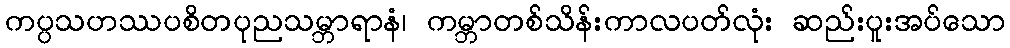
ကပ္ပသဟဿပစိတပုညသမ္ဘာရာနံ၊ ကမ္ဘာတစ်သိန်းကာလပတ်လုံး ဆည်းပူးအပ်သော